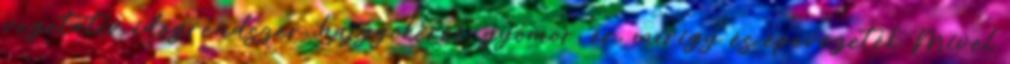
vegetatív idegrendszer, hajgyökerek, gyomor, ér, mirigy és epevezeték Mivel